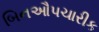
બિનઔપચારીક